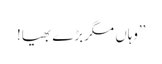
’’وہاں مگر بڑے بھیا!